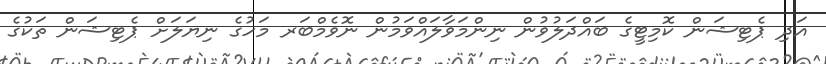
އަދި ޕެޓިޝަން ކޮމިޓީގެ ބައްދަލުވުން ނިންމަވާލައްވަމުން ނޮވެމްބަރ މަހުގެ ނިޔަލަށް ޕެޓިޝަން ތަކުގެ